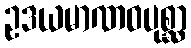
ဥဒယမာဏဝပုစ္ဆာ